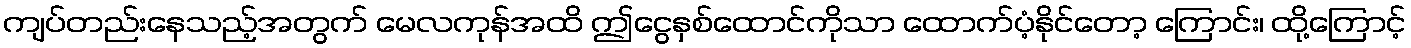
ကျပ်တည်းနေသည့်အတွက် မေလကုန်အထိ ဤငွေနှစ်ထောင်ကိုသာ ထောက်ပံ့နိုင်တော့ ကြောင်း၊ ထို့ကြောင့်